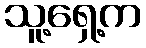
သူ့ရှေ့က